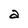
Character: a